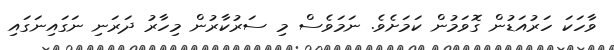
ވާހަކަ ހަރުއަޑުން ގޮވަމުން ކަމަށެވެ. ނަމަވެސް މި ސަރުކާރުން މިހާރު ދަރަނި ނަގައިނަގައި